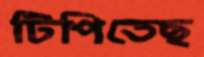
টিপিতেছ